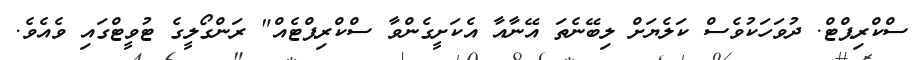
ސްކްރިޕްޓް. ދުވަހަކުވެސް ކަލެޔަށް ލިބޭނެތަ އޭނާއާ އެކަށީގެންވާ ސްކްރިޕްޓެއް" ރަންގޯލީގެ ޓުވީޓްގައި ވެއެވެ.